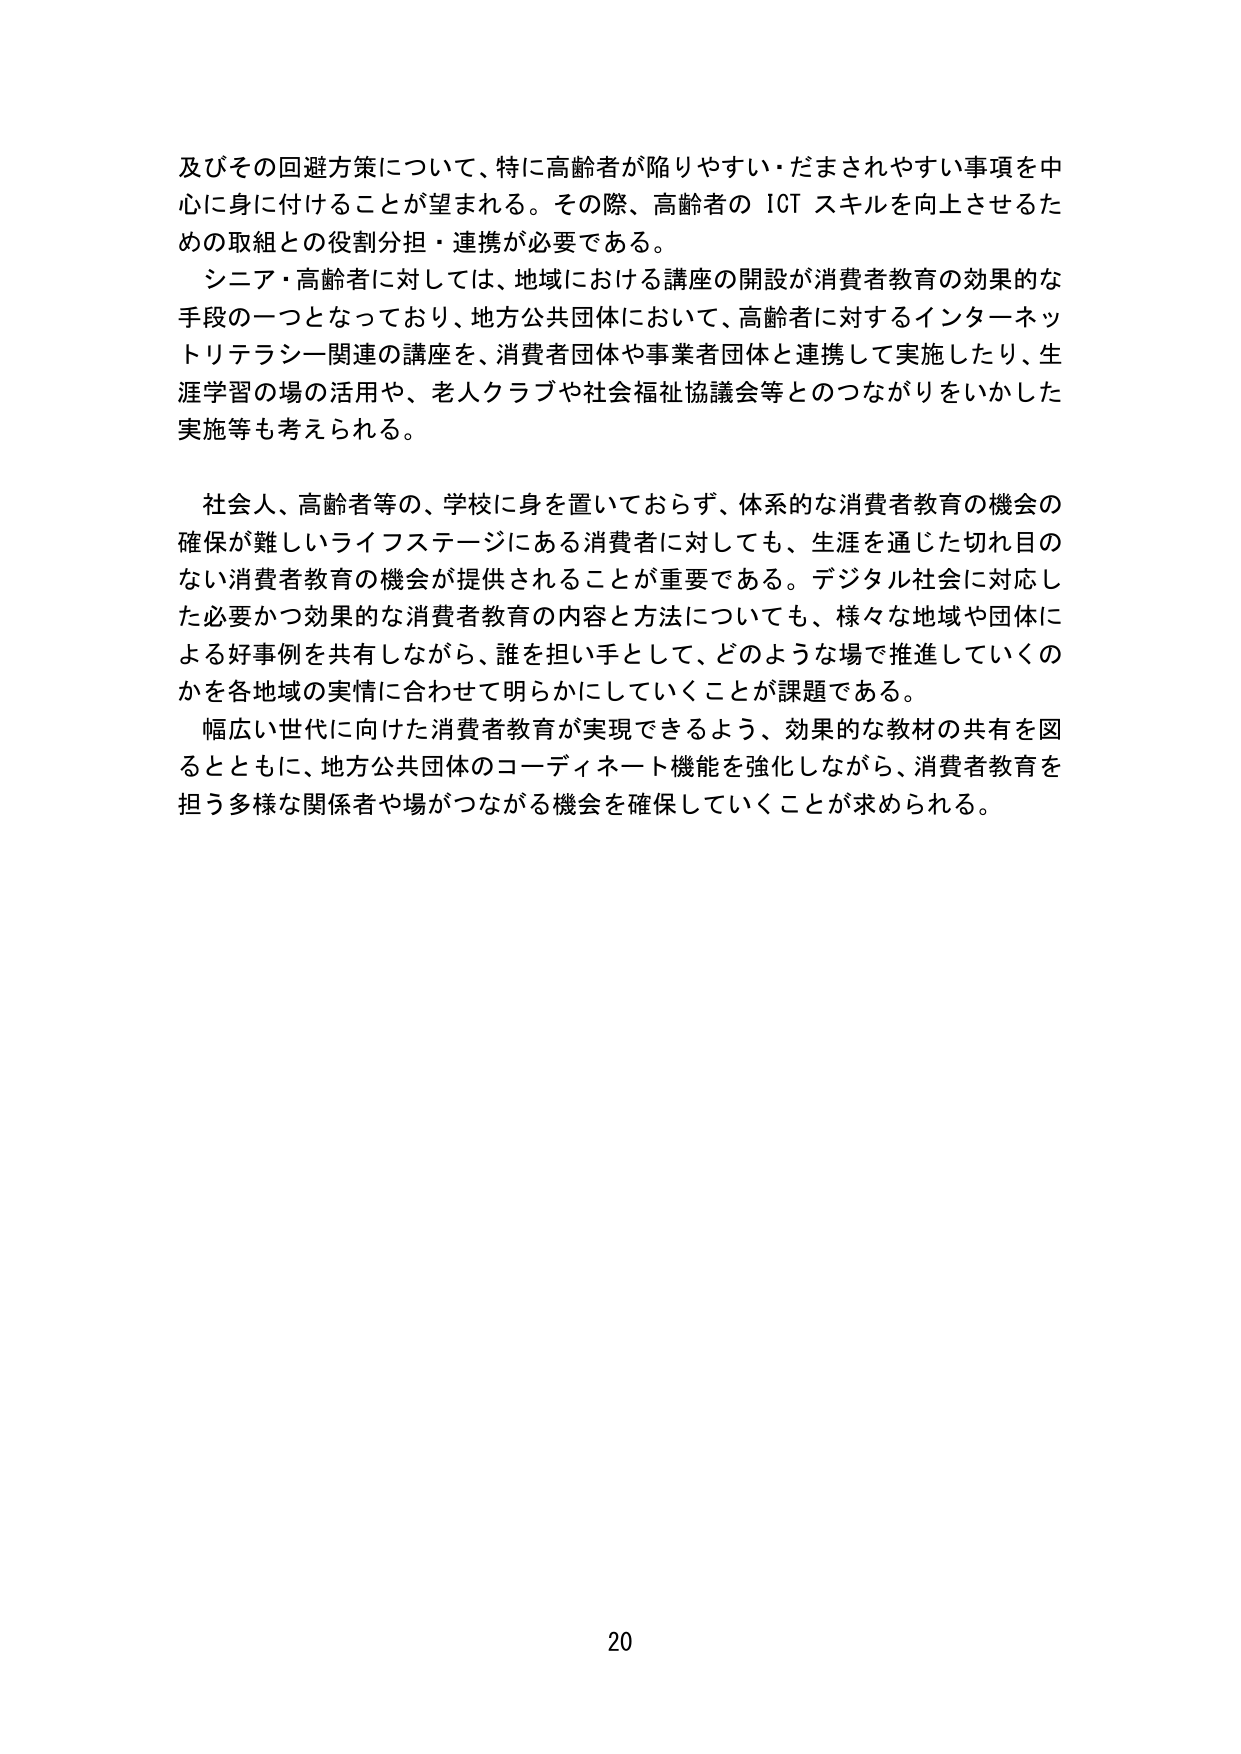
及びその回避方策について、特に高齢者が陥りやすい・だまされやすい事項を中心 に身に付けることが望まれる。その際、高齢者の ICT スキルを向上させるための取組との役割分担・連携が必要である。

シニア・高齢者に対しては、地域における講座の開設が消費者教育の効果的な手段の一つとなっており、地方公共団体において、高齢者に対するインターネットリテラシー関連の講座を、消費者団体や事業者団体と連携して実施したり、生涯学習の場の活用や、老人クラブや社会福祉協議会等とのつながりをいかした実施等も考えられる。

社会人、高齢者等の、学校に身を置いておらず、体系的な消費者教育の機会の確保が難しいライフステージにある消費者に対しても、生涯を通じた切れ目のない消費者教育の機会が提供されることが重要である。デジタル社会に対応した必要かつ効果的な消費者教育の内容と方法についても、様々な地域や団体による好事例を共有しながら、誰を担い手として、どのような場で推進していくのかを各地域の実情に合わせて明らかにしていくことが課題である。

幅広い世代に向けた消費者教育が実現できるよう、効果的な教材の共有を図るとともに、地方公共団体のコーディネート機能を強化しながら、消費者教育を担う多様な関係者や場がつながる機会を確保していくことが求められる。

20